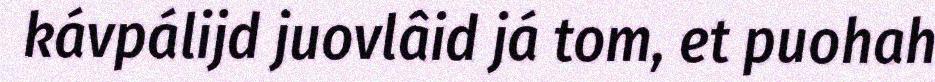
kávpálijd juovlâid já tom, et puohah